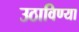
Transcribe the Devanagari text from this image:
उठाविण्या